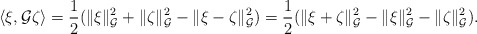
\begin{align*}\langle \xi, \mathcal{G}\zeta\rangle = \frac{1}{2}(\|\xi\|_\mathcal{G}^2 + \|\zeta\|_\mathcal{G}^2 - \|\xi-\zeta\|_\mathcal{G}^2) = \frac{1}{2}(\|\xi+\zeta\|_\mathcal{G}^2 - \|\xi\|_\mathcal{G}^2 - \|\zeta\|_\mathcal{G}^2).\end{align*}